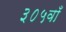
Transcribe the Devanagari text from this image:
३०५वाँ